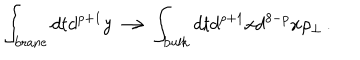
LaTeX: \int _ { \mathrm { { b r a n e } } } d t d ^ { p + 1 } y \longrightarrow \int _ { { \mathrm { b u l k } } } d t d ^ { p + 1 } x d ^ { 8 - p } x \rho _ { \perp } \, .